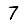
Digit: 7